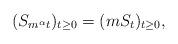
LaTeX: \begin{align*} (S_{m^\alpha t})_{t\ge0} \stackrel{}{=} (m S_t)_{t\ge0},\end{align*}